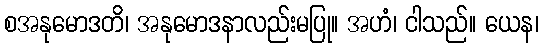
စအနုမောဒတိ၊ အနုမောဒနာလည်းမပြု။ အဟံ၊ ငါသည်။ ယေန၊